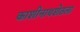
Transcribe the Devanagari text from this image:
काशीनाथशेठला